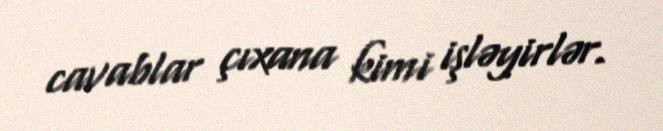
cavablar çıxana kimi işləyirlər.